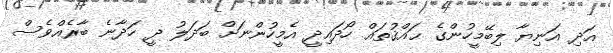
އަދި އަނިޔާ ލިބޭމީހުންގެ ޙައްޤުތައް ހޯދައިދީ އެމީހުންނަށް ބަދަލު ދީ ހަދާނެ ބާރެއްވެސް